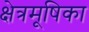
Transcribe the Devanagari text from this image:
क्षेत्रमूषिका